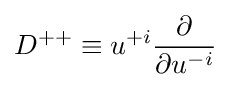
D^{++}\equiv u^{+i}{\frac {\partial }{\partial u^{-i}}}